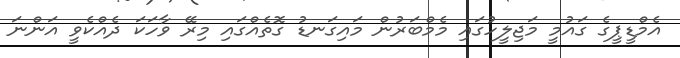
އެމްޑީޕީގެ ގައުމީ މަޖިލީހުގައި މެމްބަރުން މައިގަނޑު ގޮތެއްގައި މިރޭ ވާހަކަ ދެއްކެވީ އަންނަ